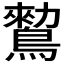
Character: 𪄪